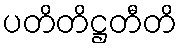
ပတိတိဋ္ဌတီတိ